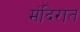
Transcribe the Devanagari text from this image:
मंदिरात